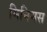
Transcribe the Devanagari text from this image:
मिनिमस